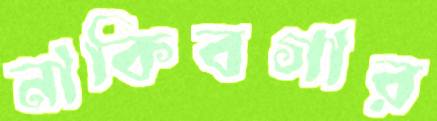
নাকিবগার